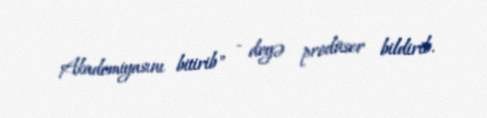
Akademiyasını bitirib" - deyə prodüser bildirib.